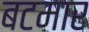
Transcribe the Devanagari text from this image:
बटमार